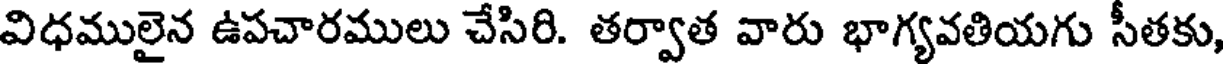
విధములైన ఉపచారములు చేసిరి. తర్వాత వారు భాగ్యవతియగు సీతకు,